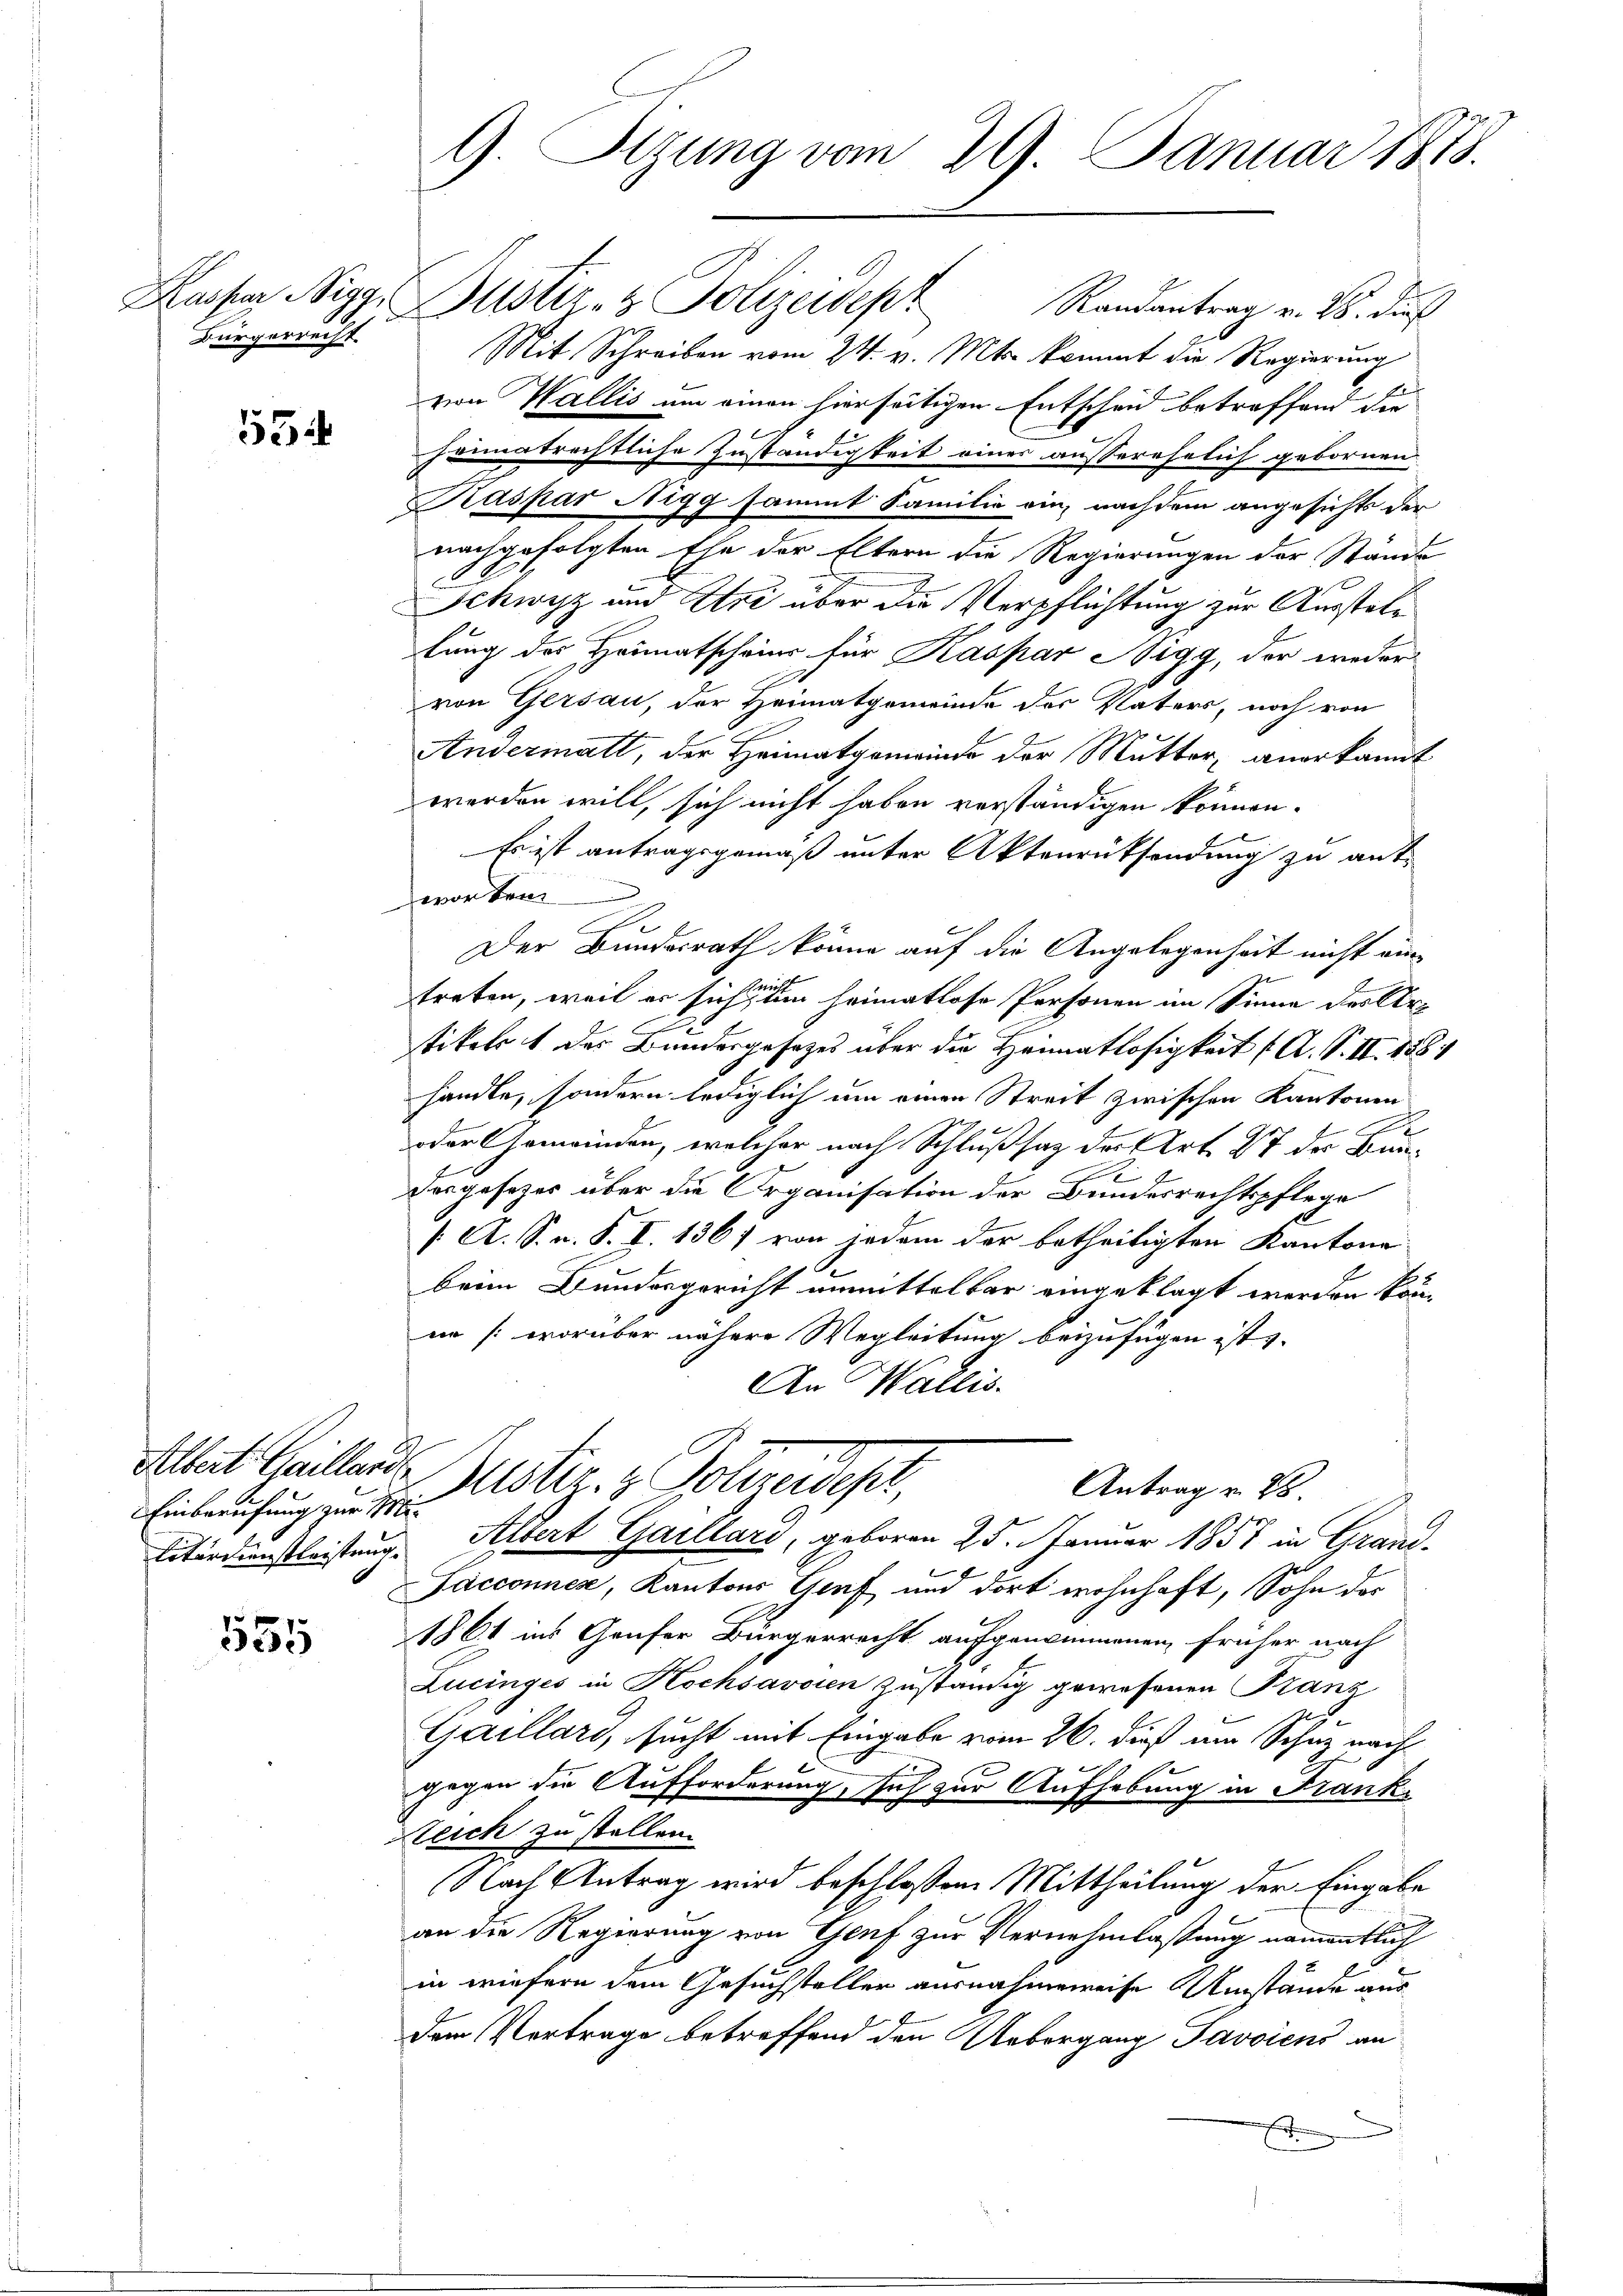
Kaspar Biga
Bürgerrecht

554

555

Albert Gaillard
Einberufung zur Mi¬
Litärdienstleistung.

9 Sizung vom 29. Januar 1878.

Mit Schreiben vom 24. v. Mts. kommt die Regierung
von Wallis um einen hierseitigen Entscheid betreffend die
heimatrechtliche Zuständigkeit einer ausserehelich gebornen
Kaspar Nigg sammt Familie ein, nachdem angesichts der
nachgefolgten Ehe der Eltern die Regierungen der Stande
Schwyz und Uri über die Verpflichtung zur Ausstellung des Heimatscheins für Kaspar Sigg, der weder
von Gersau, der Heimatgemeinde des Vaters, noch von
Andermatt, der Heimatgemeinde der Mutter, anerkannt
worden will, sich nicht haben verständigen können.
Es ist antragsgemäß unter Aktenrüksendung zu ant-
worten
Der Bundesrath könne auf die Angelegenheit nicht eintreten, weil er sich ein heimatlose Personen im Sinne des Artikelst des Bundesgesetzes über die Heimatlosigkeit (A. S. II. 1881
handle, sondern lediglich um einen Streit zwischen Kantonen

oder Gemeinden, welcher nach Schlußsatz der Art. 27 der Bune
Dargesezes über die Organisation der Bundesrechtspflege
/A. S. n. F. V. 136) von jedem der betheiligten Kantone
beim Bundesgericht anmittelbar eingeklagt werden könn
nn (worüber nähere Wegleitung beizufügen ist. |
An Wallis.
Justiz- & Polizeidis
Antrag v. 28
Altert Gaillard, geboren 25. Januar 1857 in Grand¬
Pacconnen, Kantons Graf und dort wohnhaft, Sohn der
1861 ins Genfer Bürgerrecht aufgenommenen früher nach
Zucinges in Hochsavoien zuständig gewesenen Kanz
Gaillard, sucht mit Eingabe vom 26. dieß am Schur nach
gegen die Aufforderung, sich zur Aufhebung in Frank¬
Zeich zu stellen.
Nach Antrag wird beschloßen Mittheilung der Eingabe
an die Regierung von Genf zur Vernehmlassung namentlich
in wiefern dem Gesuchsteller ausnahmeweise Umstände aus
Dem Vortrage betreffend den Uebergang Pavoiens an
i

Justiz- & Polizeidept Randantrag v. 26. dies